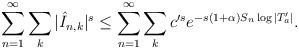
LaTeX: \begin{align*} \sum_{n = 1}^\infty \sum_{k} |\hat{I}_{n,k}|^s \leq \sum_{n = 1}^\infty \sum_{k} c'^s e^{- s (1 + \alpha) S_n \log |T_a'|}.\end{align*}